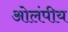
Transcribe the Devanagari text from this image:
ओलंपीय